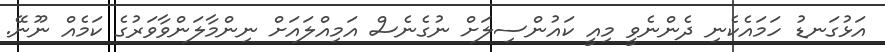
އަޅުގަނޑު ހަމައެކެނި ދެންނެވީ މިއީ ކައުންސިލަށް ނުގެނެސް އަމިއްލައަށް ނިންމާލަންވާވަރުގެ ކަމެއް ނޫނޭ.